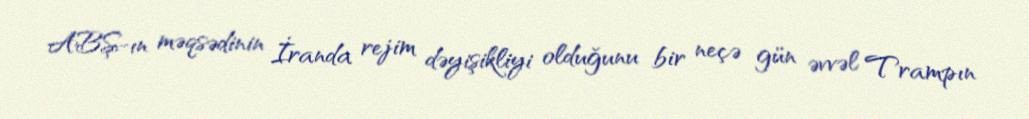
ABŞ-ın məqsədinin İranda rejim dəyişikliyi olduğunu bir neçə gün əvvəl Trampın